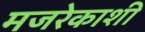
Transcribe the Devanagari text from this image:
मजरेकाशी